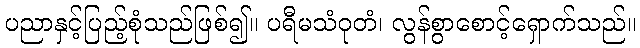
ပညာနှင့်ပြည့်စုံသည်ဖြစ်၍။ ပရီမသံဝုတံ၊ လွန်စွာစောင့်ရှောက်သည်။